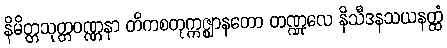
နိမိတ္တသုတ္တဝဏ္ဏနာ တိကစတုက္ကဇ္ဈာနတော တဏ္ဍုလေ နိသီဒနသယနတ္ထံ